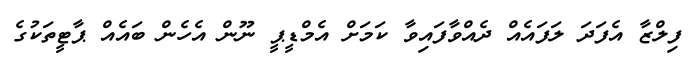
ފިލްޒާ އެފަދަ ލަފައެއް ދެއްވާފައިވާ ކަމަށް އެމްޑީޕީ ނޫން އެހެން ބައެއް ޕާޓީތަކުގެ